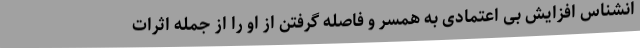
انشناس افزایش بی اعتمادی به همسر و فاصله گرفتن از او را از جمله اثرات